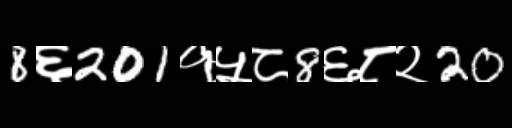
Text: 8६201१५८8६८२20